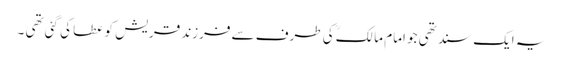
یہ ایک سند تھی جو امام مالکؒ کی طرف سے فرزند قریش کو عطا کی گئی تھی ۔